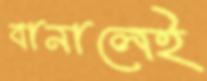
বানালেই